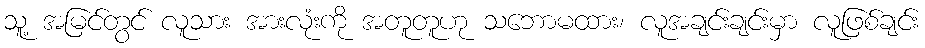
သူ့ အမြင်တွင် လူသား အားလုံးကို အတူတူဟု သဘောမထား၊ လူအချင်းချင်းမှာ လူဖြစ်ချင်း